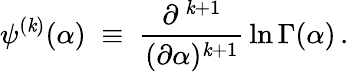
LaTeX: \psi^{(\mathit{k})}(\alpha)\; \equiv\; \frac{{\partial^{\, \mathit{k}+1}}}{{(\partial\alpha)^{\mathit{k}+1}}}\, \ln\Gamma(\alpha)\, .